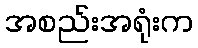
အစည်းအရုံးက